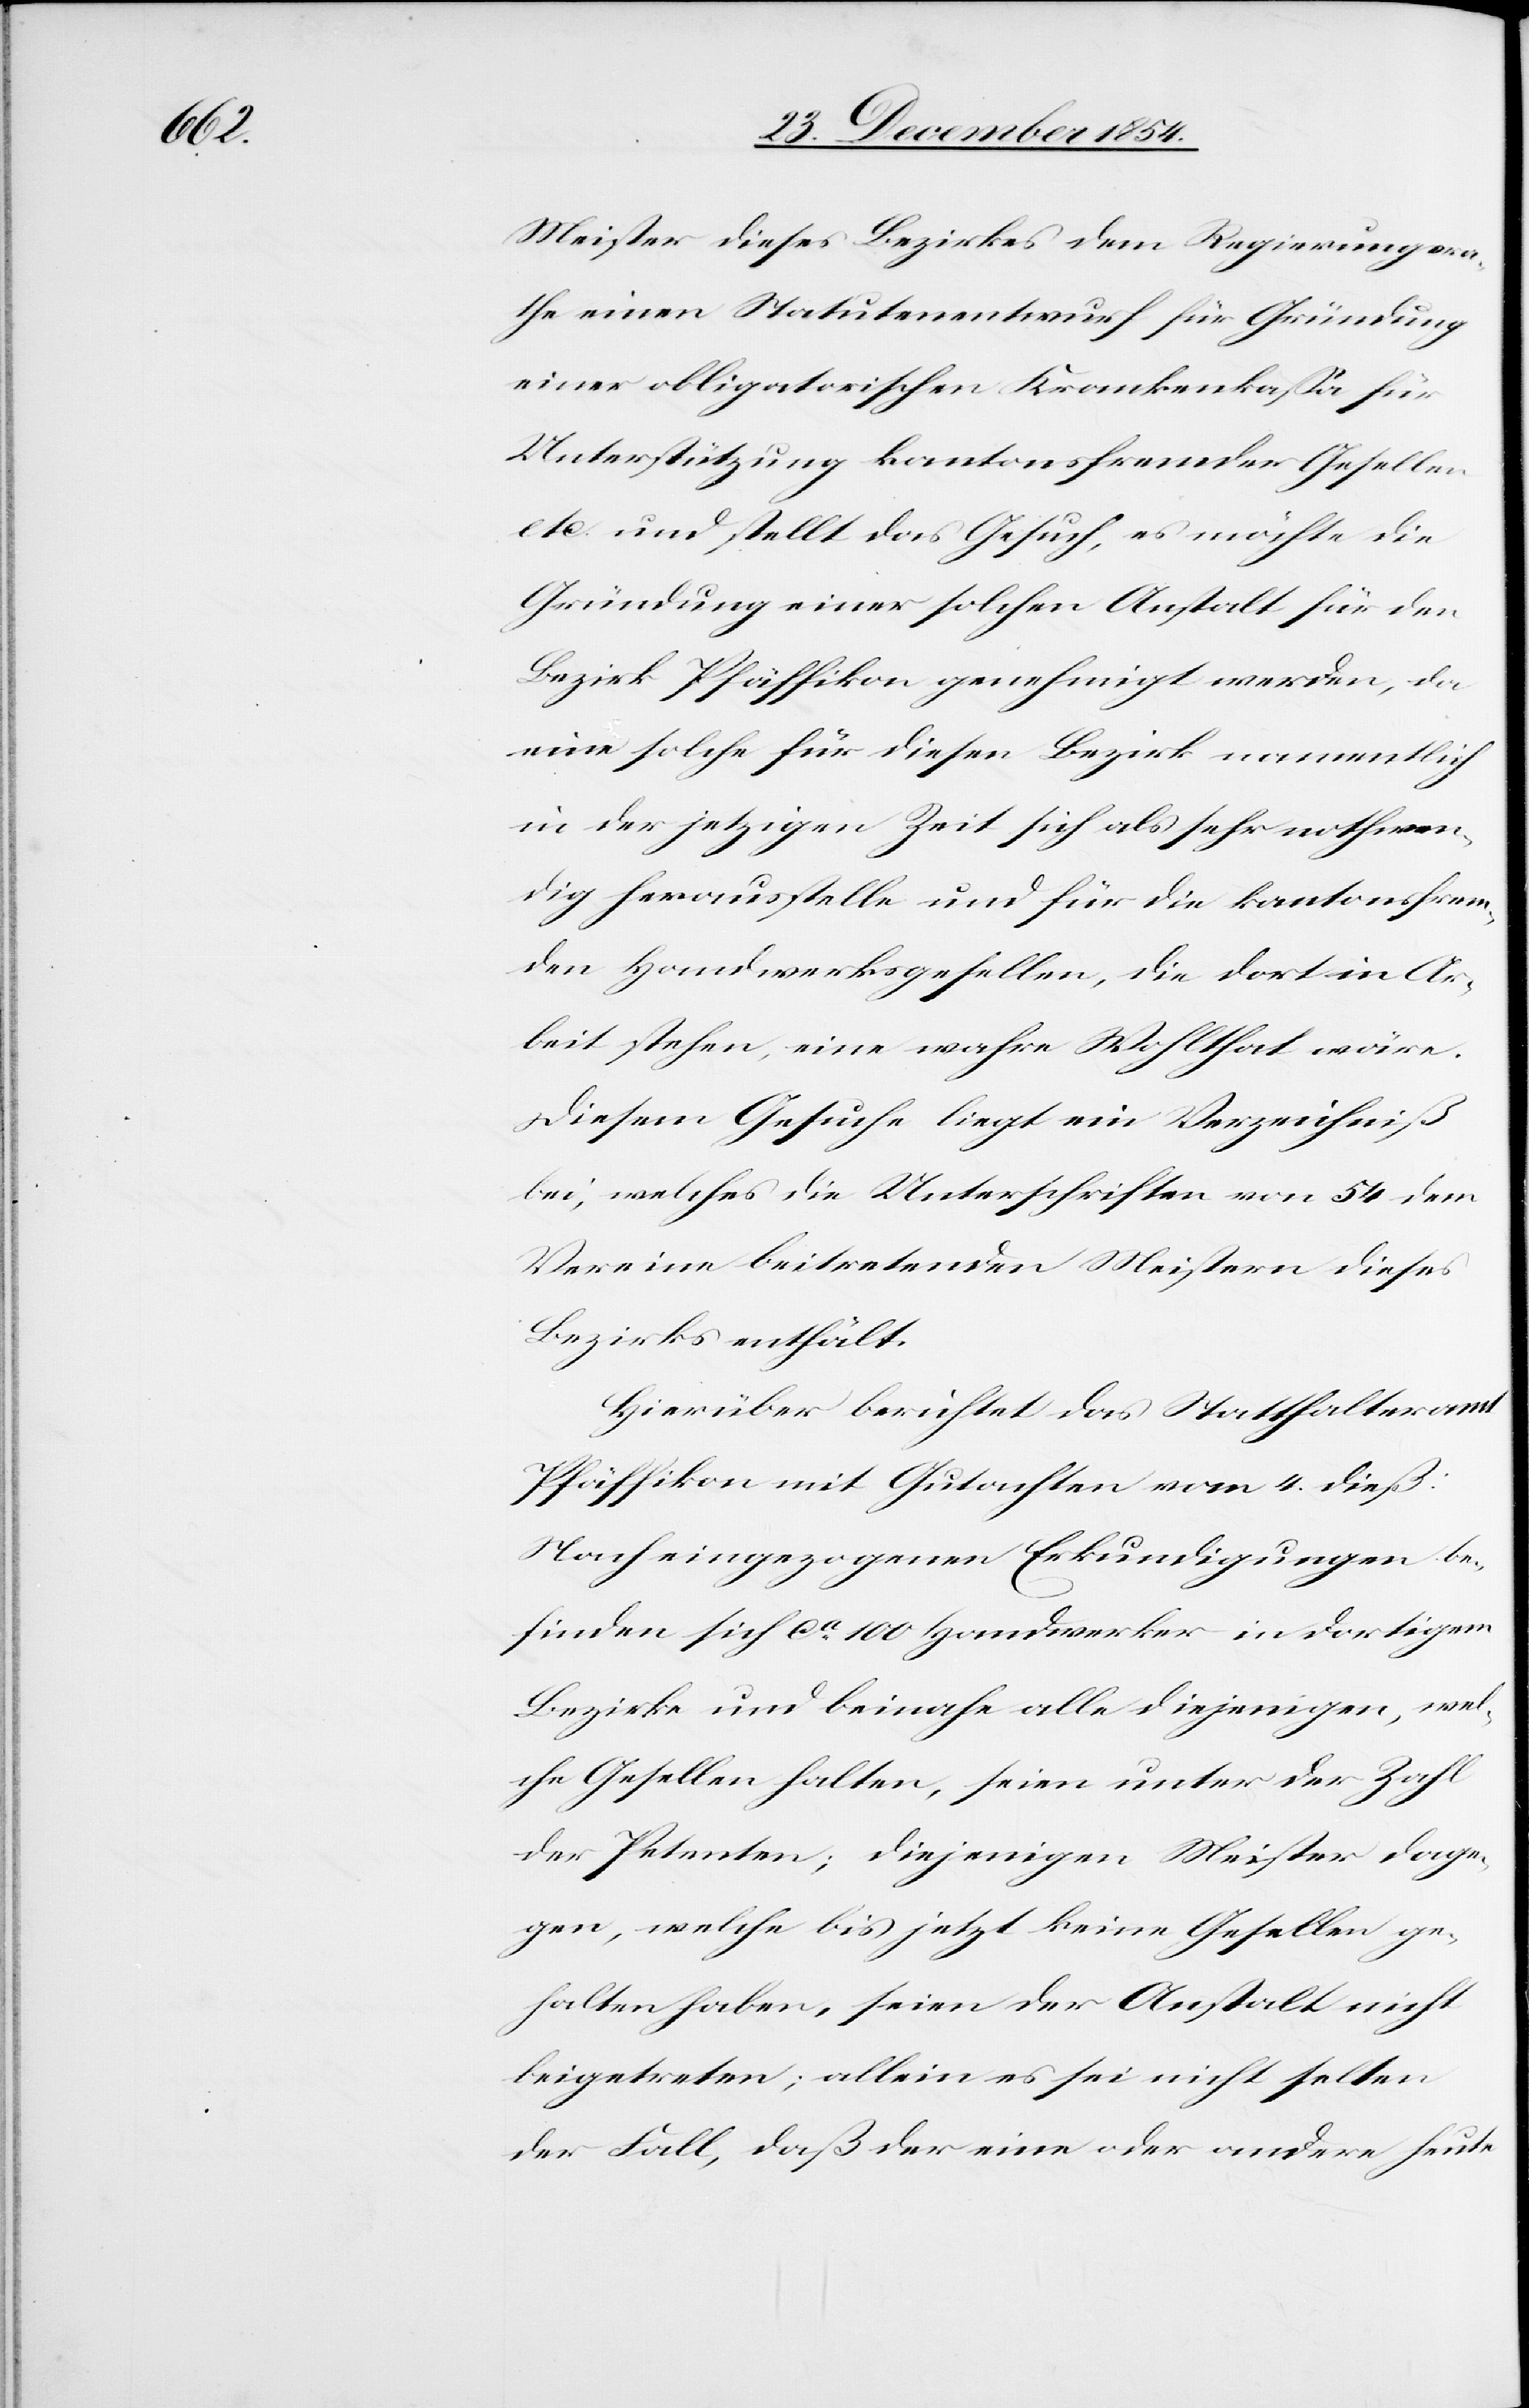
Meister dieses Bezirkes dem Regierungsra¬
the einen Statutenentwurf für Gründung
einer obligatorischen Krankenkaßa für
Unterstützung kantonsfremder Gesellen
etc. und stellt das Gesuch, es möchte die
Gründung einer solchen Anstalt für den
Bezirk Pfäffikon genehmigt werde, da
eine solche für diesen Bezirk namentlich
in der jetzigen Zeit sich als sehr nothwen¬
dig herausstelle und für die kantonsfrem¬
den Handwerksgesellen, die dort in Ar¬
beit stehen, eine wahre Wohlthat wäre.
Diesem Gesuche liegt ein Verzeichniß
bei, welches die Unterschriften von 54 dem
Verein beitretenden Meistern dieses
Bezirkes enthält.
Hierüber berichtet das Statthalteramt
Pfäffikon mit Gutachten vom 4. dieß
Nach eingezogenen Erkundigungen be¬
finden sich ca 100 Handwerke in dortigem
Bezirke und beinahe alle diejenige, wel¬
che Gesellen halten, seien unter der Zahl
der Petenten; diejenigen Meister dage¬
gen, welche bis jetzt keine Gesellen ge¬
halten haben, seien der Anstalt nicht
beigetreten; allein es sei nicht selten
der Fall, daß der eine oder andere heute